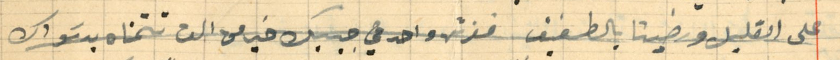
على القليل ورضينا بالطفيف قرش واحد في جيبك خير من الف تتمناه يد سَواك